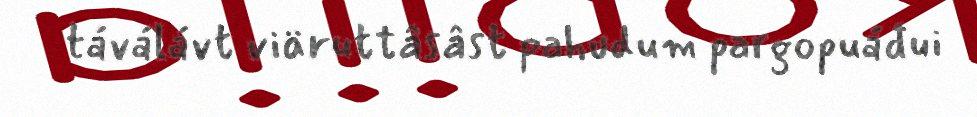
táválávt viäruttâsâst pahudum pargopuáđui